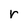
Character: r